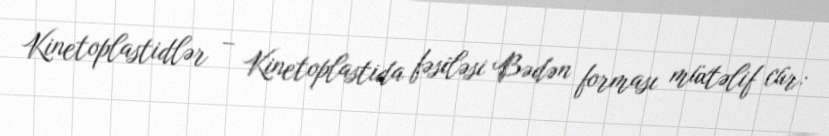
Kinetoplastidlər – Kinetoplastida fəsiləsi Bədən forması müxtəlif cür: